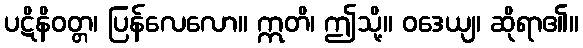
ပဋိနိဝတ္တ၊ ပြန်လေလော။ ဣတိ၊ ဤသို့။ ဝဒေယျ၊ ဆိုရာ၏။